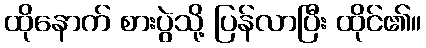
ထိုနောက် စားပွဲသို့ ပြန်လာပြီး ထိုင်၏။